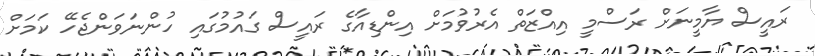
ރައީސް ޔާމީނަށް ރަސްމީ އިއްޒަތް އެރުވުމަށް އިންޑިއާގެ ރައީސް ގައުމުގައި ހުންނަވަންޖެހޭ ކަމަށް